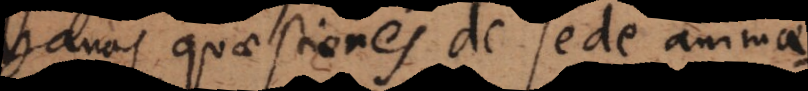
vanas quaestiones de sede animae